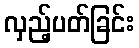
လှည့်ပတ်ခြင်း